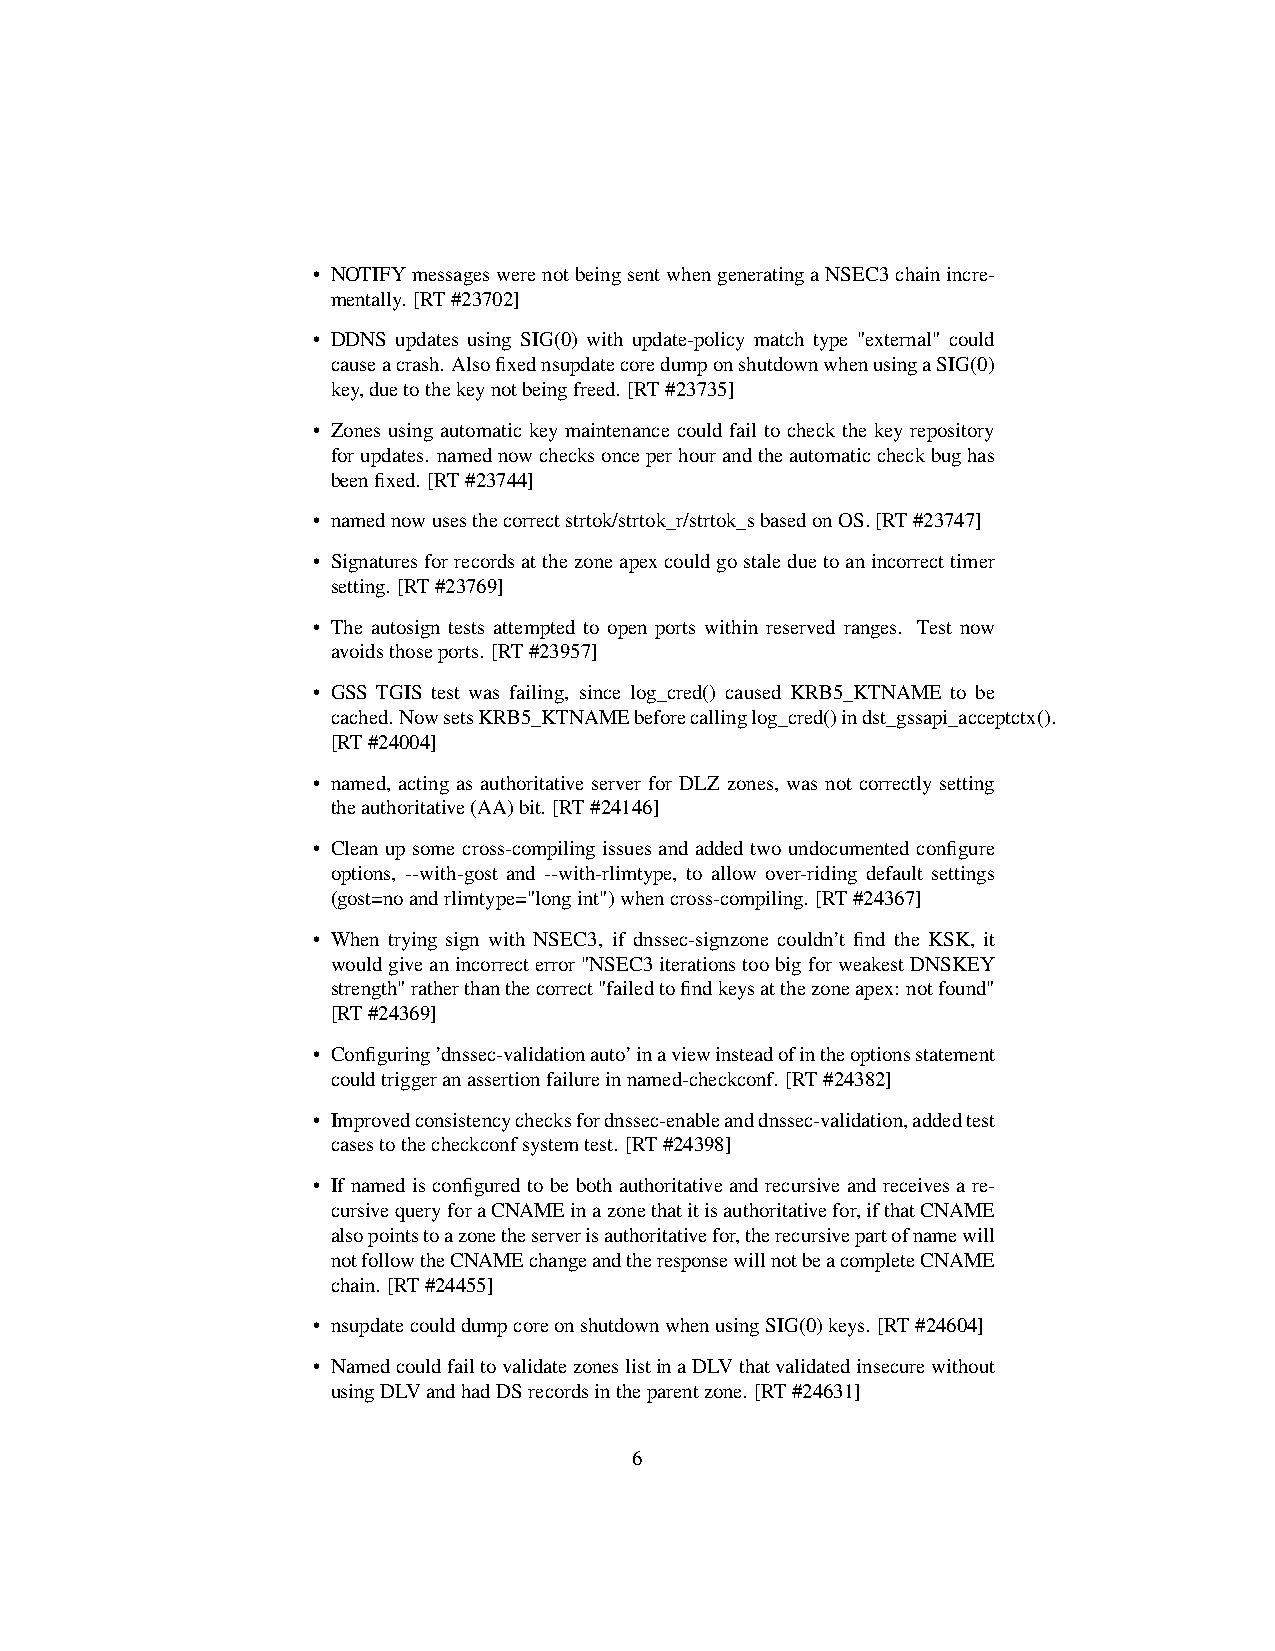
• NOTIFYmessageswerenotbeingsentwhengeneratingaNSEC3chainincre-
 mentally. [RT#23702]
 • DDNS updates using SIG(0) with update-policy match type "external" could
 causeacrash. AlsofixednsupdatecoredumponshutdownwhenusingaSIG(0)
 key,duetothekeynotbeingfreed. [RT#23735]
 • Zones using automatic key maintenance could fail to check the key repository
 forupdates. namednowchecksonceperhourandtheautomaticcheckbughas
 beenfixed. [RT#23744]
 • namednowusesthecorrectstrtok/strtok_r/strtok_sbasedonOS.[RT#23747]
 • Signaturesforrecordsatthezoneapexcouldgostaleduetoanincorrecttimer
 setting. [RT#23769]
 • The autosign tests attempted to open ports within reserved ranges. Test now
 avoidsthoseports. [RT#23957]
 • GSS TGIS test was failing, since log_cred() caused KRB5_KTNAME to be
 cached.NowsetsKRB5_KTNAMEbeforecallinglog_cred()indst_gssapi_acceptctx().
 [RT#24004]
 • named, acting as authoritative server for DLZ zones, was not correctly setting
 theauthoritative(AA)bit. [RT#24146]
 • Clean up some cross-compiling issues and added two undocumented configure
 options, --with-gost and --with-rlimtype, to allow over-riding default settings
 (gost=noandrlimtype="longint")whencross-compiling. [RT#24367]
 • When trying sign with NSEC3, if dnssec-signzone couldn’t find the KSK, it
 wouldgiveanincorrecterror"NSEC3iterationstoobigforweakestDNSKEY
 strength"ratherthanthecorrect"failedtofindkeysatthezoneapex: notfound"
 [RT#24369]
 • Configuring’dnssec-validationauto’inaviewinsteadofintheoptionsstatement
 couldtriggeranassertionfailureinnamed-checkconf. [RT#24382]
 • Improvedconsistencychecksfordnssec-enableanddnssec-validation,addedtest
 casestothecheckconfsystemtest. [RT#24398]
 • Ifnamedisconfiguredtobebothauthoritativeandrecursiveandreceivesare-
 cursivequeryforaCNAMEinazonethatitisauthoritativefor,ifthatCNAME
 alsopointstoazonetheserverisauthoritativefor,therecursivepartofnamewill
 notfollowtheCNAMEchangeandtheresponsewillnotbeacompleteCNAME
 chain. [RT#24455]
 • nsupdatecoulddumpcoreonshutdownwhenusingSIG(0)keys. [RT#24604]
 • NamedcouldfailtovalidatezoneslistinaDLVthatvalidatedinsecurewithout
 usingDLVandhadDSrecordsintheparentzone. [RT#24631]
 6